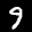
Label: 9